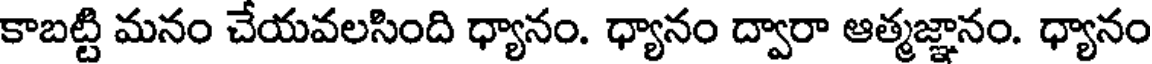
కాబట్టి మనం చేయవలసింది ధ్యానం. ధ్యానం ద్వారా ఆత్మజ్ఞానం. ధ్యానం